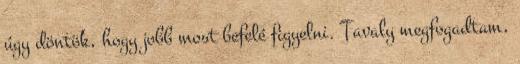
úgy döntök, hogy jobb most befelé figyelni. Tavaly megfogadtam,